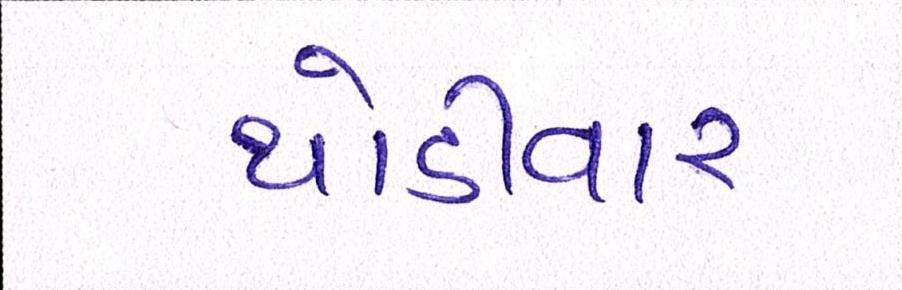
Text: થોડીવાર